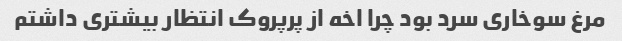
مرغ سوخاری سرد بود چرا اخه از پرپروک انتظار بیشتری داشتم